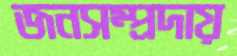
জনসম্প্রদায়